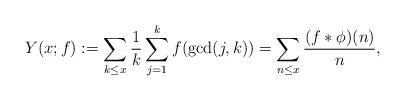
LaTeX: \begin{align*} Y(x;f):=\sum_{k\leq x}\frac{1}{k}\sum_{j=1}^{k}f(\gcd(j,k)) = \sum_{n\leq x}\frac{(f*\phi)(n)}{n}, \end{align*}